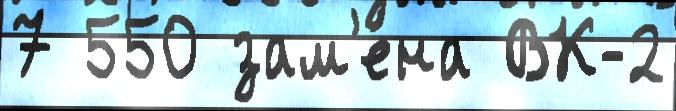
7 550 зам'е́на ВК-2